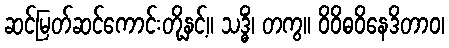
ဆင်မြတ်ဆင်ကောင်းတို့နှင့်။ သဒ္ဓိံ၊ တကွ။ ဝိဝိဓဝိနေဒိတာဝ၊